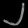
Digit: ၂